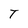
Character: T